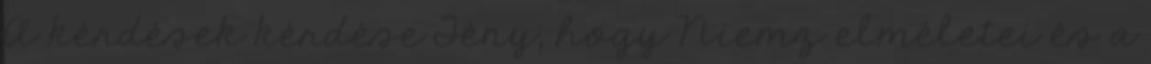
A kérdések kérdése Tény, hogy Niemz elméletei és a